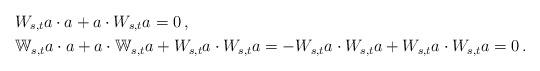
LaTeX: \begin{align*} &W_{s,t}a\cdot a+a\cdot W_{s,t}a=0\, ,\\ &\mathbb{W}_{s,t}a\cdot a+a\cdot \mathbb{W}_{s,t}a+ W_{s,t}a\cdot W_{s,t}a=-W_{s,t}a\cdot W_{s,t}a+W_{s,t}a\cdot W_{s,t}a=0\, . \end{align*}